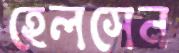
হেলসেন